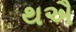
થઐ